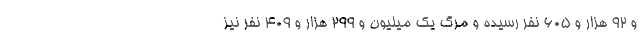
و ۹۲ هزار و ۶۰۵ نفر رسیده و مرگ یک میلیون و ۲۹۹ هزار و ۴۰۹ نفر نیز